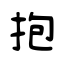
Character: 抱